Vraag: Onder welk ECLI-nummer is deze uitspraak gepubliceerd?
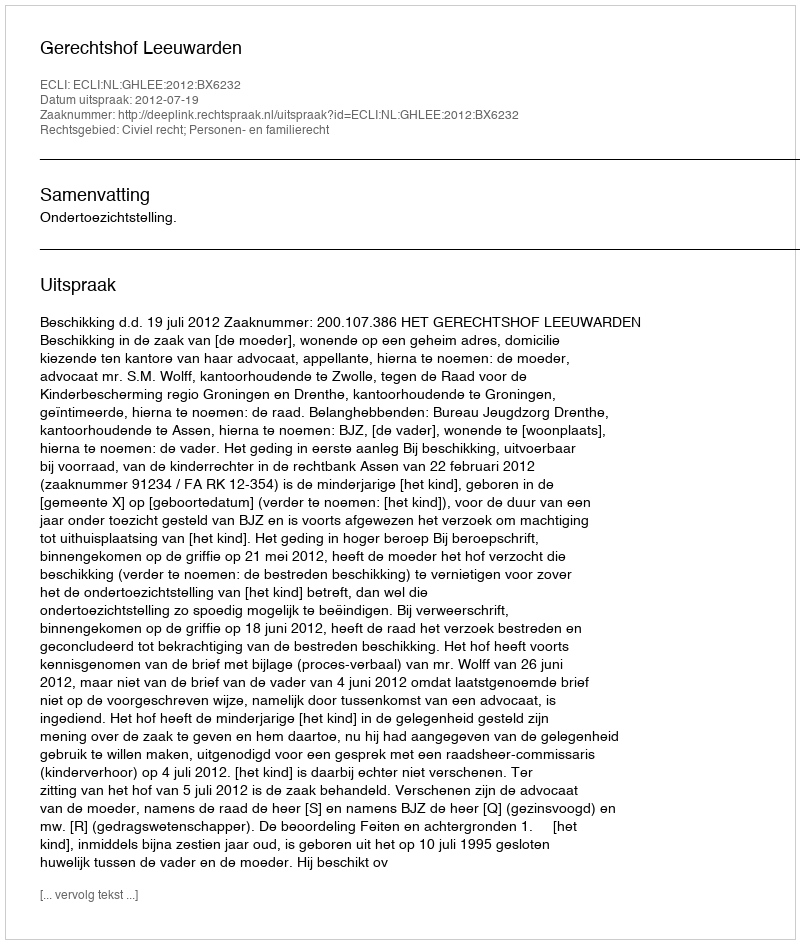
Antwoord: ECLI:NL:GHLEE:2012:BX6232